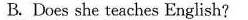
B.Does she teaches English?